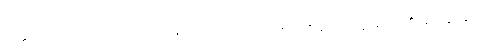
ဝိတ္ထာရတော၊ အကျယ်အားဖြင့်။ ဧတေသံ၊ ဤ ၅-ပါးသော အာရုံတို့၏။ မနောဒွါရေ၊